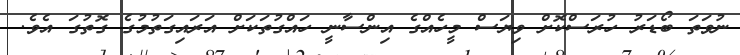
ނުވަތަ ބޯޑަރު ހުރަސްކޮށް ވިޔަސް މީހެއްގެ އިންސާނީ ހައްގުތަކަށް އަރައިގަތުމުގެ ގޮތުގަ އެވެ.